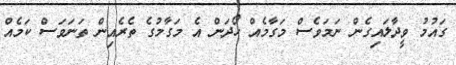
ގައުމު ވީދާލައިގެން ނަމަވެސް މަގާމެއް ހޯދަން އެ މަގާމުގެ ތެރެއިން ތަނަވަސް ކަމެއް